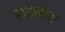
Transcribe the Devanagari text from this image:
हारामोश